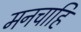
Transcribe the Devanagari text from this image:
मनचाहि